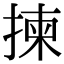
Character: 揀